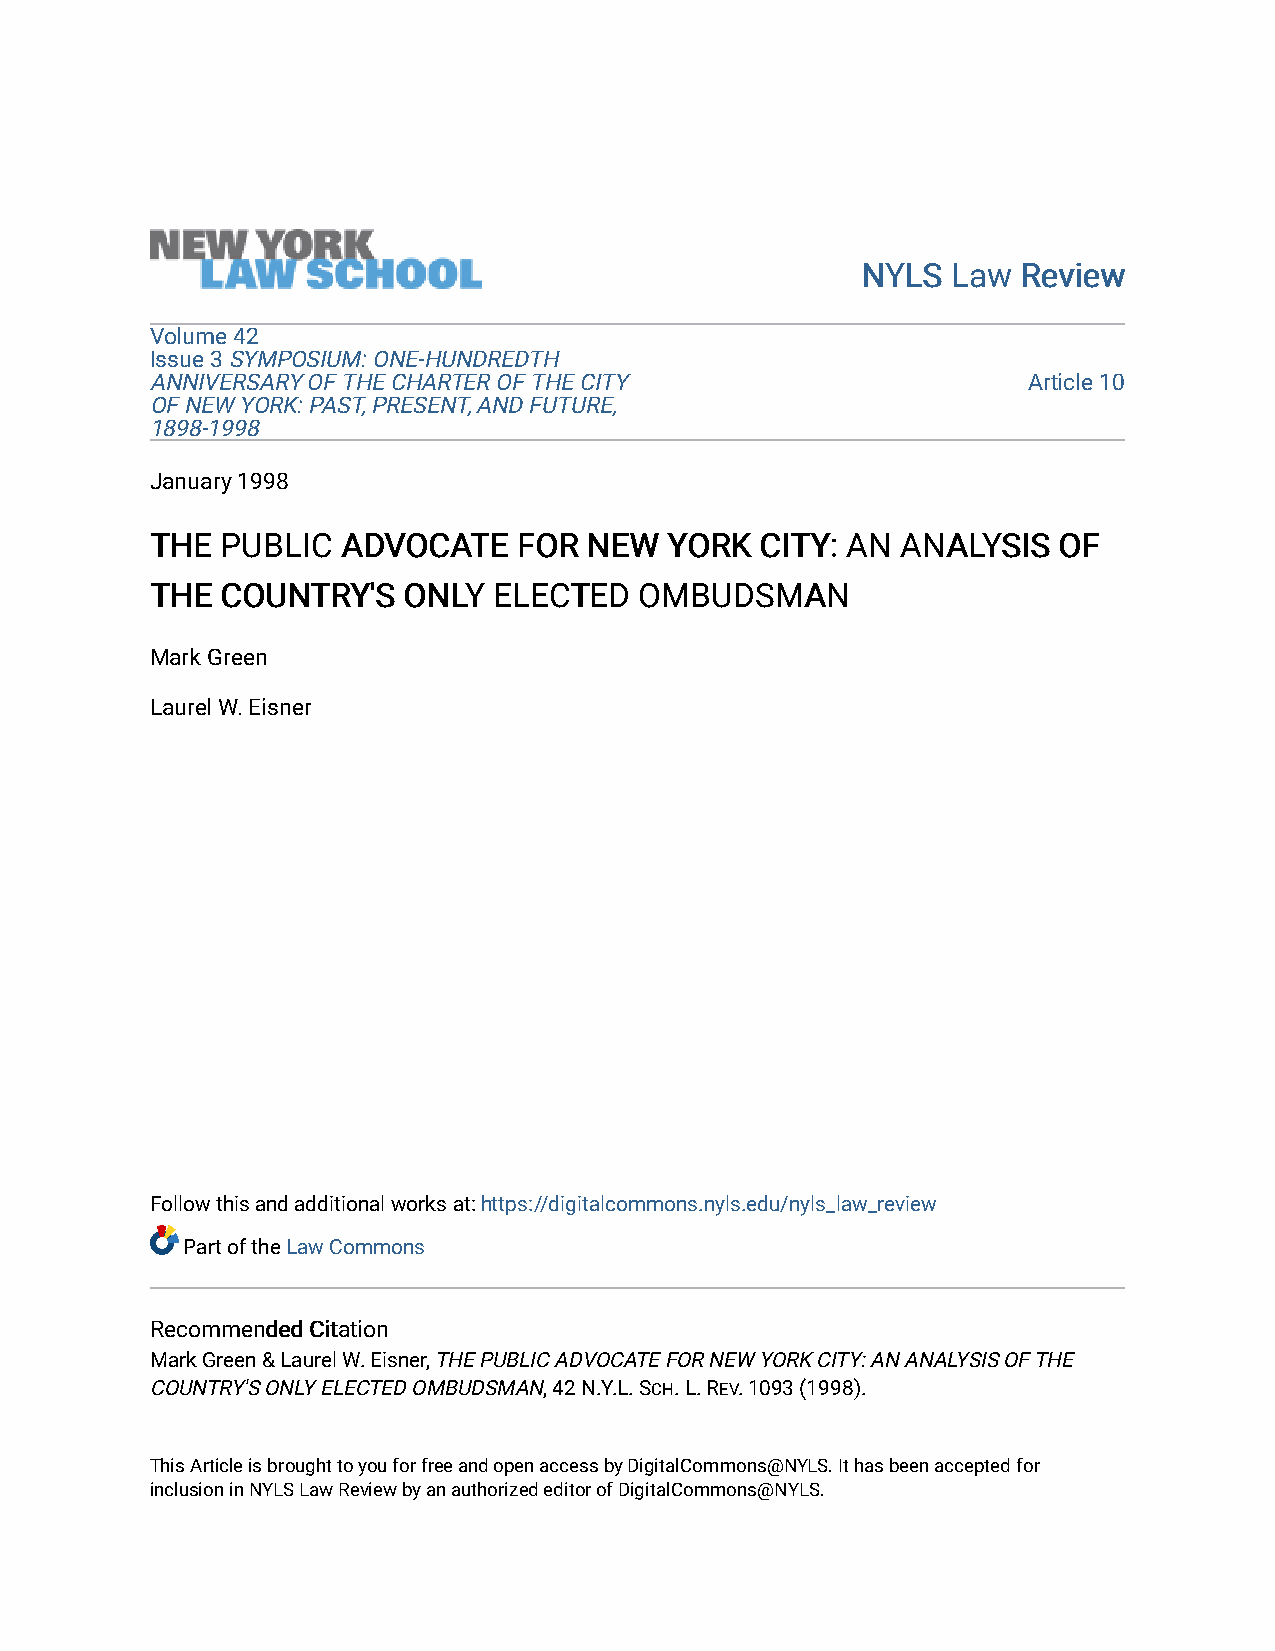
NNYYLLSS LLaaww RReevviieeww
 Volume 42
 Issue 3 SYMPOSIUM: ONE-HUNDREDTH
 ANNIVERSARY OF THE CHARTER OF THE CITY                    Article 10
 OF NEW YORK: PAST, PRESENT, AND FUTURE,
 1898-1998
 January 1998
 TTHHEE PPUUBBLLIICC AADDVVOOCCAATTEE FFOORR NNEEWW YYOORRKK CCIITTYY:: AANN AANNAALLYYSSIISS OOFF
 TTHHEE CCOOUUNNTTRRYY''SS OONNLLYY EELLEECCTTEEDD OOMMBBUUDDSSMMAANN
 Mark Green
 Laurel W. Eisner
 Follow this and additional works at: https://digitalcommons.nyls.edu/nyls_law_review
 Part of the Law Commons
 RReeccoommmmeennddeedd CCiittaattiioonn
 Mark Green & Laurel W. Eisner, THE PUBLIC ADVOCATE FOR NEW YORK CITY: AN ANALYSIS OF THE
 COUNTRY'S ONLY ELECTED OMBUDSMAN, 42 N.Y.L. SCH. L. REV. 1093 (1998).
 This Article is brought to you for free and open access by DigitalCommons@NYLS. It has been accepted for
 inclusion in NYLS Law Review by an authorized editor of DigitalCommons@NYLS.